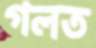
গলত